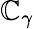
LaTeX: \mathbb{C}_{\gamma}